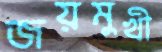
জয়মুখী